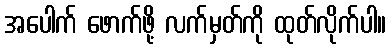
အပေါက် ဖောက်ဖို့ လက်မှတ်ကို ထုတ်လိုက်ပါ။